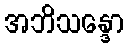
အဘိသန္ဒော